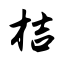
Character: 桔